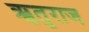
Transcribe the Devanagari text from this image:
ॠतुराज